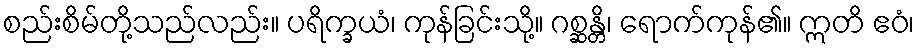
စည်းစိမ်တို့သည်လည်း။ ပရိက္ခယံ၊ ကုန်ခြင်းသို့။ ဂစ္ဆန္တိ၊ ရောက်ကုန်၏။ ဣတိ ဧဝံ၊